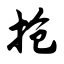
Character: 抢